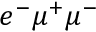
e ^ { - } \mu ^ { + } \mu ^ { - }